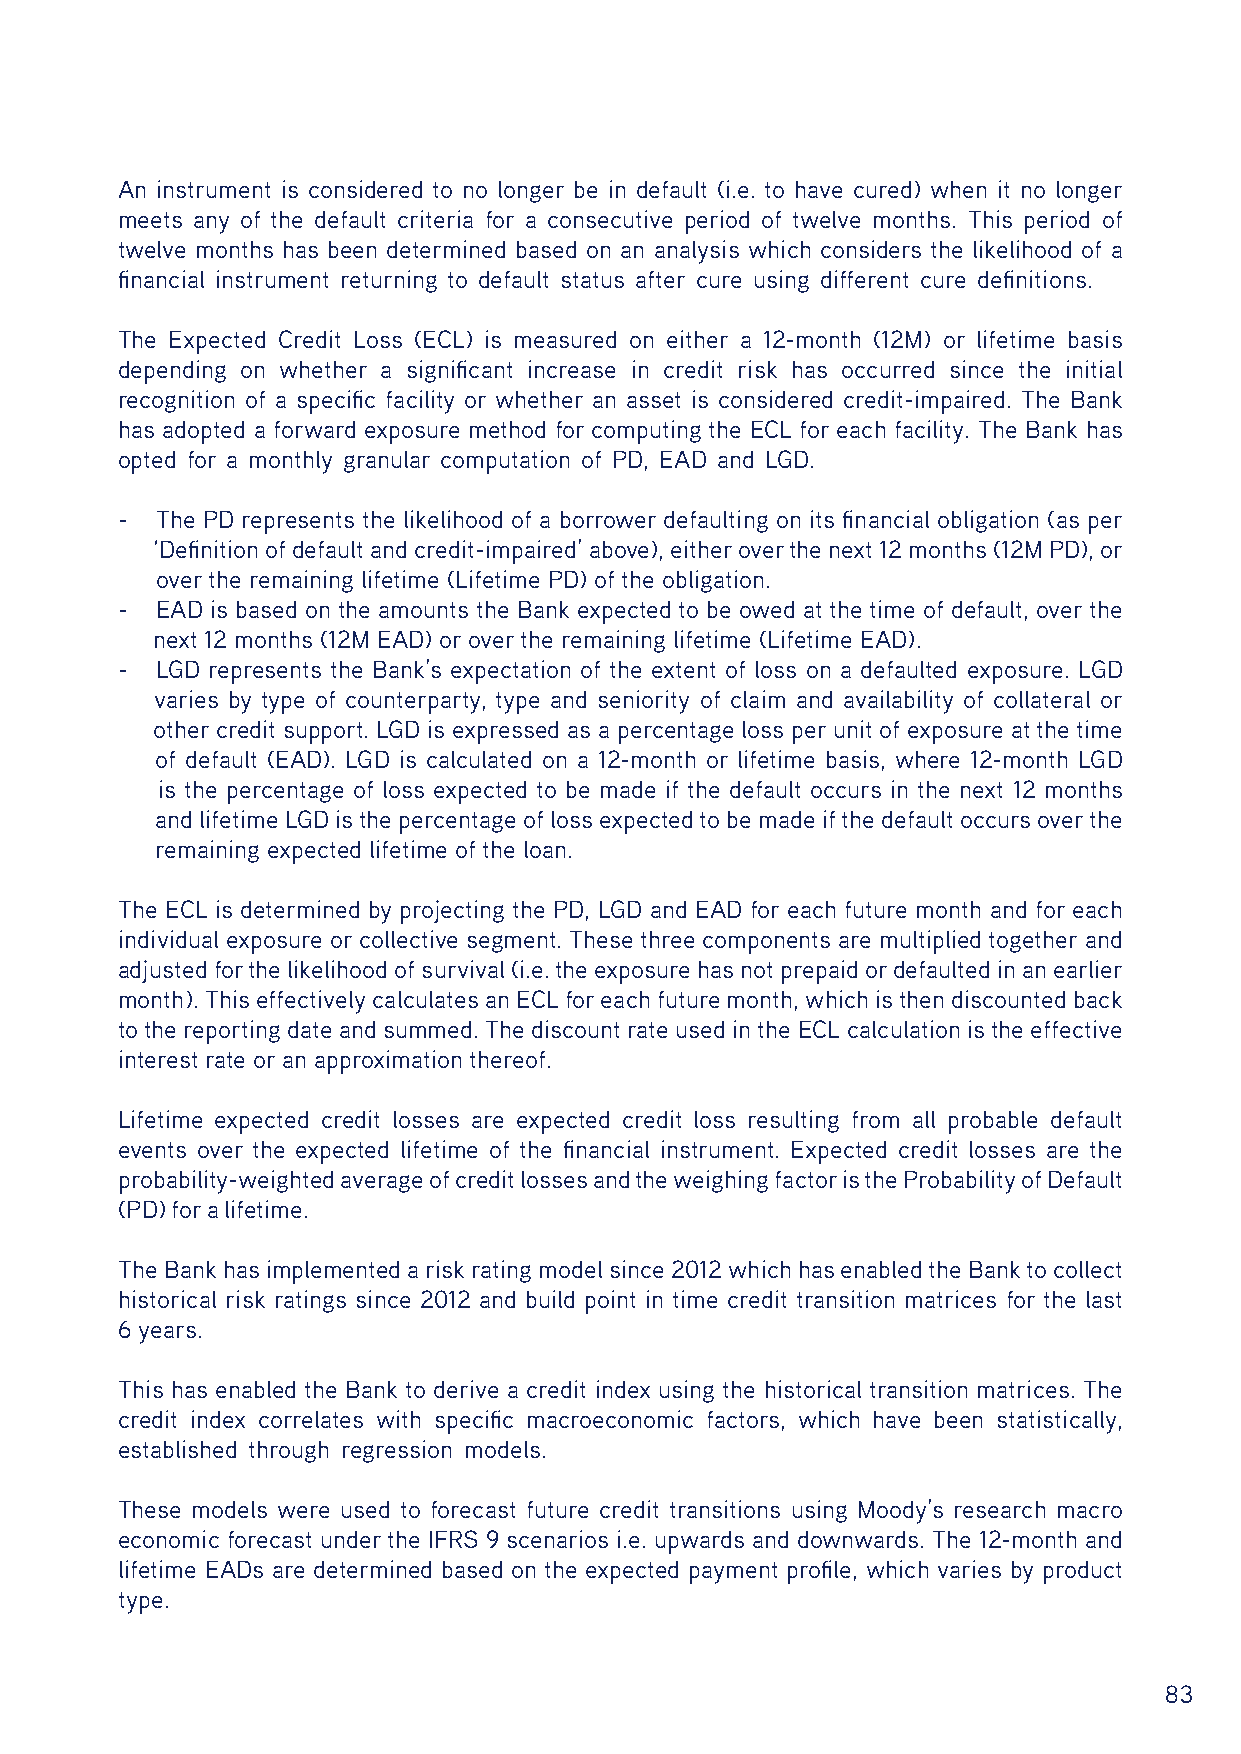
An instrument is considered to no longer be in default (i.e. to have cured) when it no longer
 meets any of the default criteria for a consecutive period of twelve months. This period of
 twelve months has been determined based on an analysis which considers the likelihood of a
 financial instrument returning to default status after cure using different cure definitions.
 The Expected Credit Loss (ECL) is measured on either a 12-month (12M) or lifetime basis
 depending on whether a significant increase in credit risk has occurred since the initial
 recognition of a specific facility or whether an asset is considered credit-impaired. The Bank
 has adopted a forward exposure method for computing the ECL for each facility. The Bank has
 opted for a monthly granular computation of PD, EAD and LGD.
 - The PD represents the likelihood of a borrower defaulting on its financial obligation (as per
 ‘Definition of default and credit-impaired’ above), either over the next 12 months (12M PD), or
 over the remaining lifetime (Lifetime PD) of the obligation.
 - EAD is based on the amounts the Bank expected to be owed at the time of default, over the
 next 12 months (12M EAD) or over the remaining lifetime (Lifetime EAD).
 - LGD represents the Bank’s expectation of the extent of loss on a defaulted exposure. LGD
 varies by type of counterparty, type and seniority of claim and availability of collateral or
 other credit support. LGD is expressed as a percentage loss per unit of exposure at the time
 of default (EAD). LGD is calculated on a 12-month or lifetime basis, where 12-month LGD
 is the percentage of loss expected to be made if the default occurs in the next 12 months
 and lifetime LGD is the percentage of loss expected to be made if the default occurs over the
 remaining expected lifetime of the loan.
 The ECL is determined by projecting the PD, LGD and EAD for each future month and for each
 individual exposure or collective segment. These three components are multiplied together and
 adjusted for the likelihood of survival (i.e. the exposure has not prepaid or defaulted in an earlier
 month). This effectively calculates an ECL for each future month, which is then discounted back
 to the reporting date and summed. The discount rate used in the ECL calculation is the effective
 interest rate or an approximation thereof.
 Lifetime expected credit losses are expected credit loss resulting from all probable default
 events over the expected lifetime of the financial instrument. Expected credit losses are the
 probability-weighted average of credit losses and the weighing factor is the Probability of Default
 (PD) for a lifetime.
 The Bank has implemented a risk rating model since 2012 which has enabled the Bank to collect
 historical risk ratings since 2012 and build point in time credit transition matrices for the last
 6 years.
 This has enabled the Bank to derive a credit index using the historical transition matrices. The
 credit index correlates with specific macroeconomic factors, which have been statistically,
 established through regression models.
 These models were used to forecast future credit transitions using Moody’s research macro
 economic forecast under the IFRS 9 scenarios i.e. upwards and downwards. The 12-month and
 lifetime EADs are determined based on the expected payment profile, which varies by product
 type.
 83